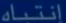
انتماء